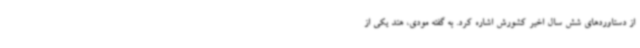
از دستاوردهای شش سال اخیر کشورش اشاره کرد. به گفته مودی، هند یکی از